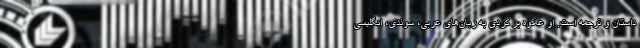
داستان و ترجمه است. او علاوه‌ بر کردی به زبان‌های عربی، سوئدی، انگلیسی